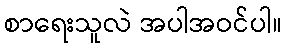
စာရေးသူလဲ အပါအဝင်ပါ။